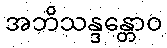
အဘိသန္ဒန္တောဝ